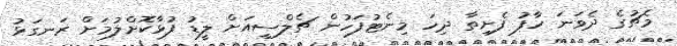
މެޗުގެ ދެވަނަ ހާފު ފެށިތާ ދިހަ މިނެޓުފަހުން ޗެލްސީއަށް ލީޑު ފުޅާކޮށްލުމަށް ރަނގަޅު